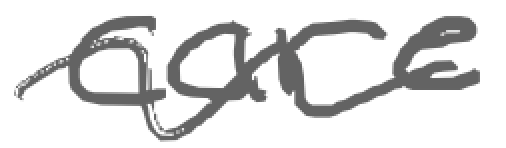
Text: care
Cross-out: wave
Writing tool: digital_gray